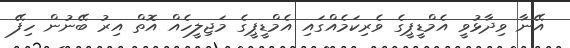
އޭނާ ވިދާޅުވީ އެމްޑީޕީގެ ވެރިކަމެއްގައި އެމްޑީޕީގެ މަޖިލީހެއް އޮތް އިރު ބޭނުން ހިފޭ